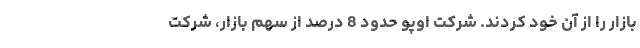
بازار را از آن خود کردند. شرکت اوپو حدود 8 درصد از سهم بازار، شرکت